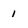
Character: 1